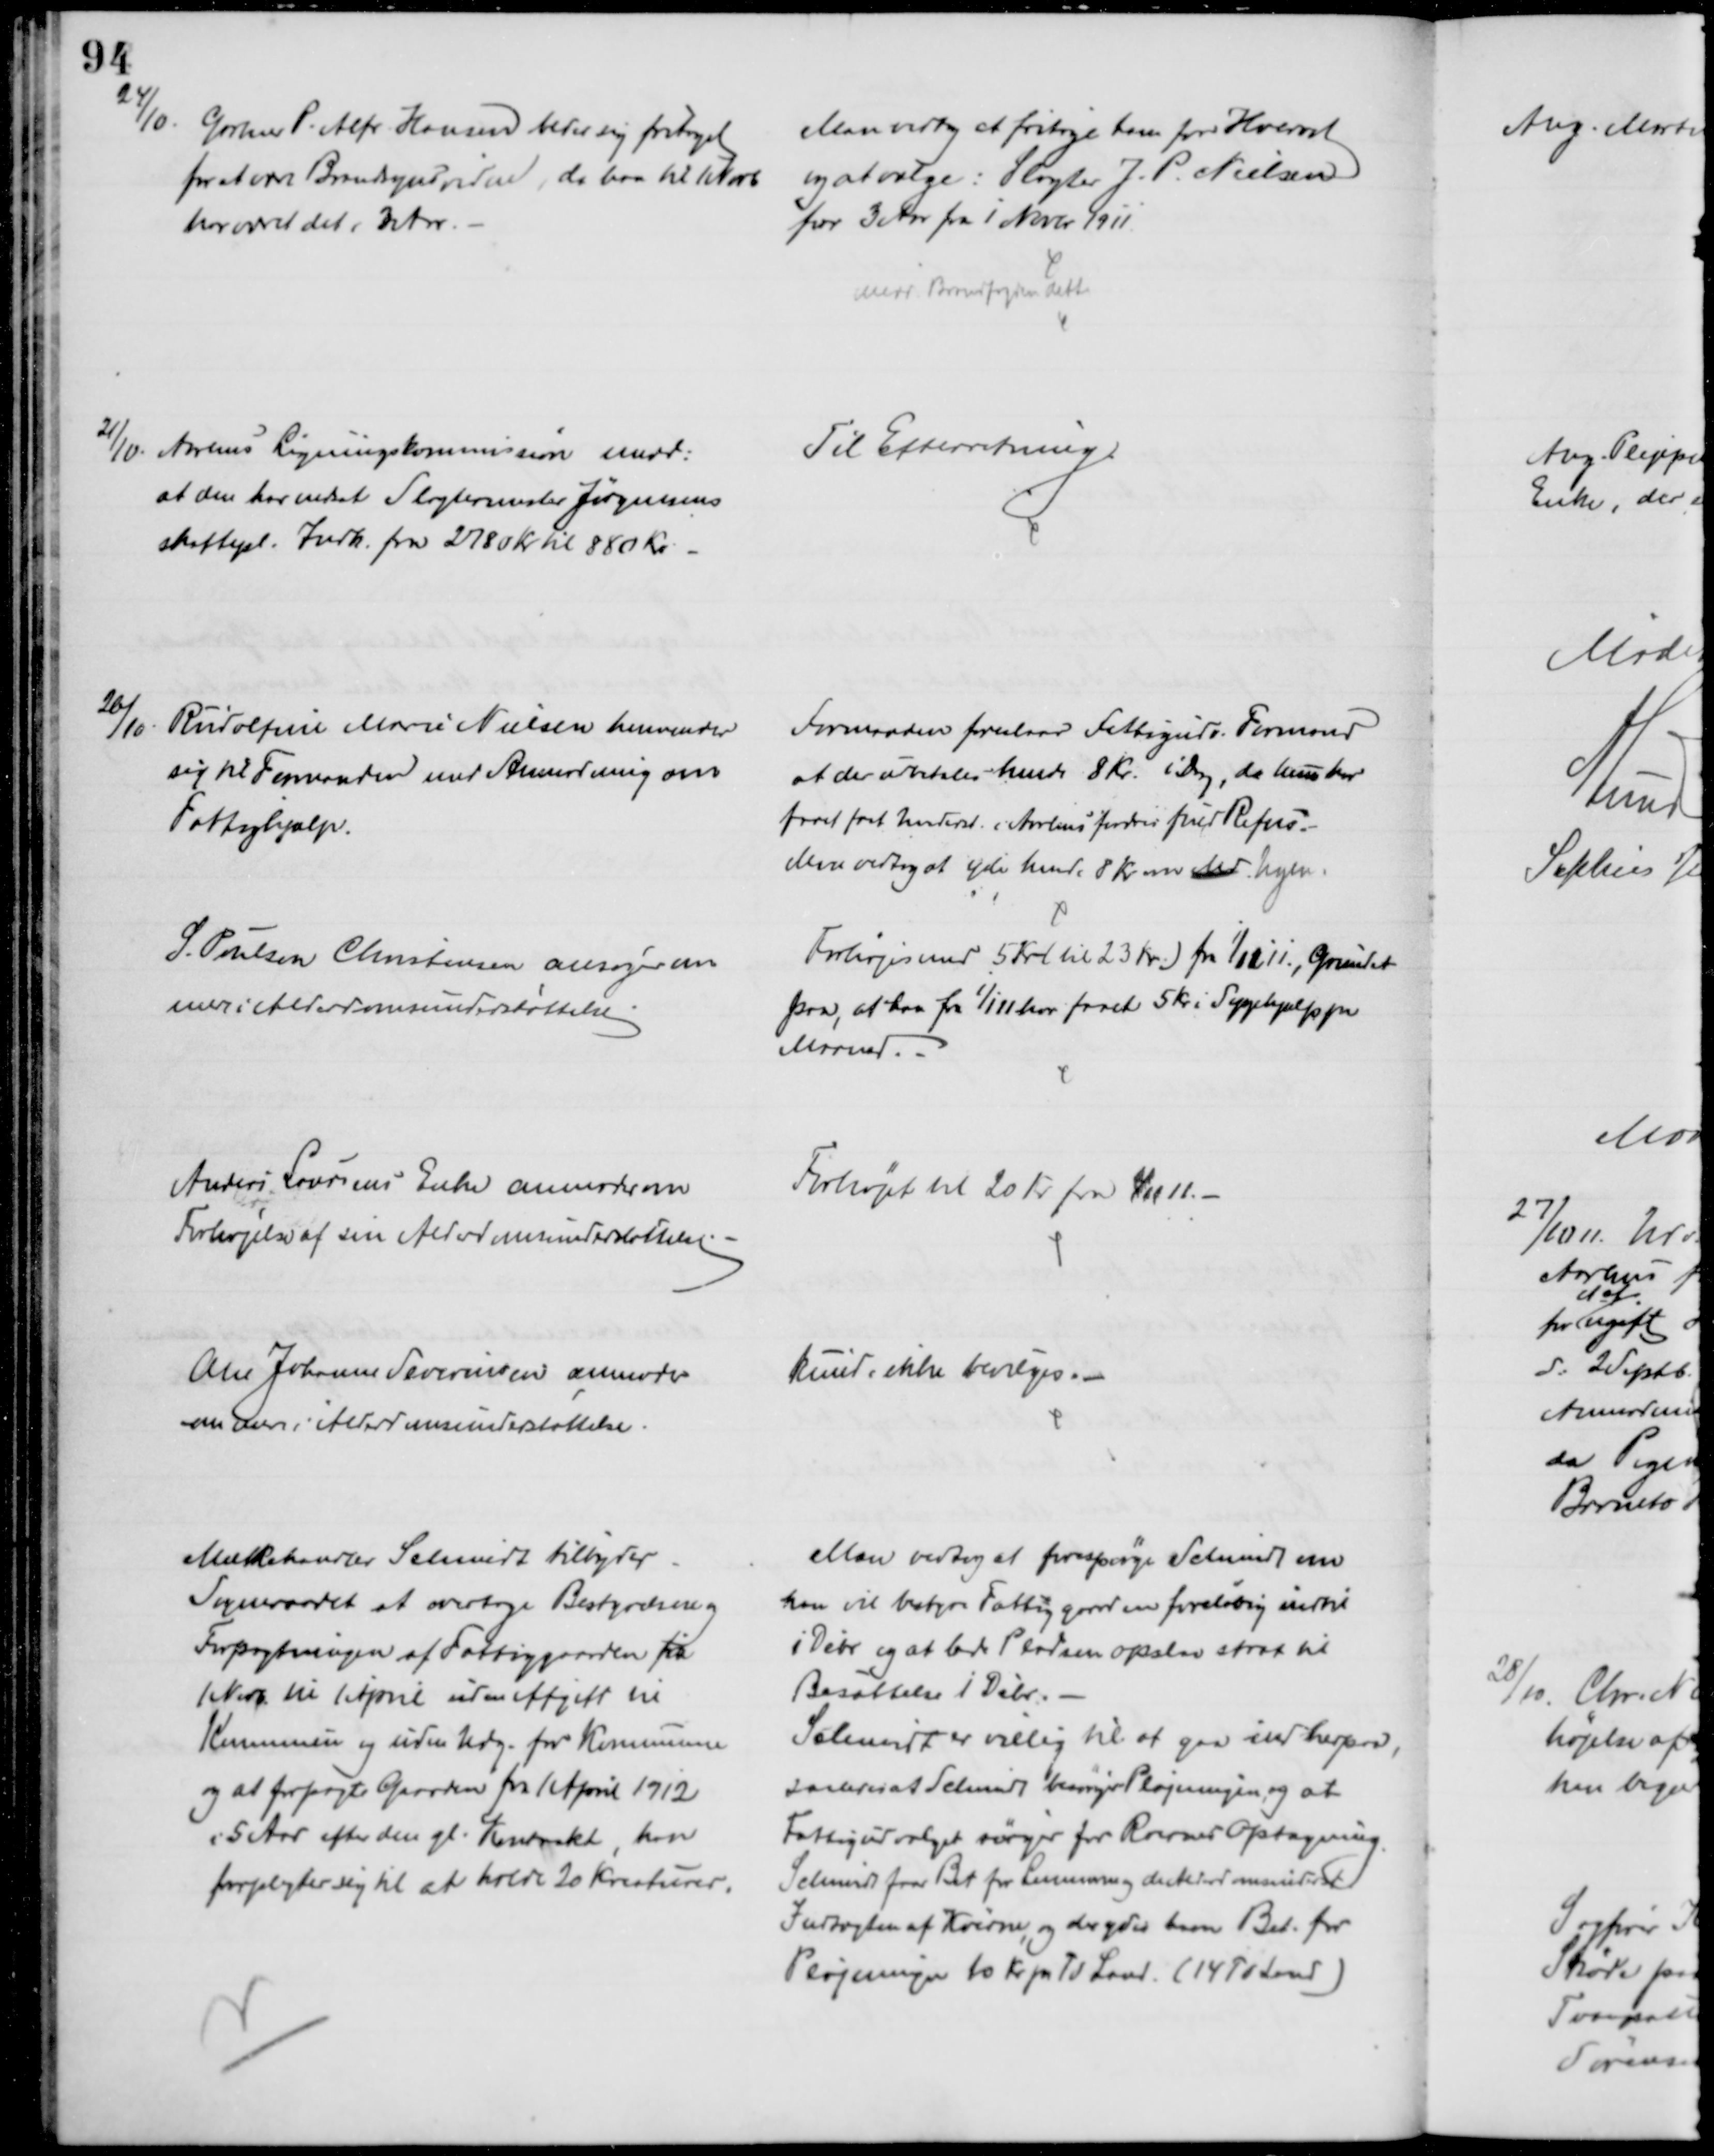
Transskription:
24/10.
Gartner P. Alfr. Hansen beder sig fritaget
for at være Brandsynsvidne, da han til 1 Novb
har været det i 3 Aar.
Man vedtog at fritage ham for Hvervet
og at vælge: Slagter J. P. Nielsen
for 3 Aar fra 1 Novbr 1911.
medd. Brandfogden dette
21/10. Aarhus Ligningskommission medd.
at den har nedsat Slagtermester Jørgensens
skattepl. Indk. fra 2780 Kr til 880 Kr.
Til Efterretning.
26/10
Rudolfine Marie Nielsen henvender
sig til Formanden med Anmodning om
Fattighjælp.
Formanden foreslaar Fattigudv. Formand
at der udbetales hende 8 Kr. i Dag, da hun har
faaet fast Underst. i Aarhus fordres fuld Refus.
Man vedtog at yde hende 8 Kr om Md Ugen.
S. Poulsen Christensen ansøger om
mere i Alderdomsunderstøttelse
Forhøjes med 5 Kr (til 23 Kr.) fra 1/12 11. Grundet
paa, at han fra 1/1 11 har faaet 5 Kr i Sygehjælp pr
Maaned.
Anders Laursens Enke anmoder om
Forhøjelse af sin Alderdomsunderstøttelse.
Forhøjet til 20 Kr fra 1/11 11.
Ane Johanne Severinsen anmoder
om mere i Alderdomsunderstøttelse
kunde ikke bevilges.
Mælkehandler Schmidt tilbyder
Sogneraadet at overtage Bestyrelsen og
Forpagtningen af Fattiggaarden fra
1 Novbr til 1 April uden Afgift til
Kommunen og uden Udg. for Kommunen
og at forpagte Gaarden fra 1 April 1912
i 5 Aar efter den gl. Kontrakt, han
forpligter sig til at holde 20 Kreaturer.
Man vedtog at forespørge Schmidt om
han vil bestyre Fattiggaarden foreløbig indtil 
i Debr og at lade Pladsen opslaa strax til 
Besættelse 1 Debr.
Schmidt er villig til at gaa ind herpaa,
saaledes at Schmidt besørger Pløjningen, og at
Fattigudvalget sørger for Roernes Optagning.
Schmidt faar Bet for Lemmerne og de Alderdomsunderst.
Indtægten af Køerne, og der ydes ham Bet. for
Pløjningen 10 Kr. pr. Td Land. (14 Td Land)